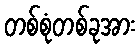
တစ်စုံတစ်ခုအား